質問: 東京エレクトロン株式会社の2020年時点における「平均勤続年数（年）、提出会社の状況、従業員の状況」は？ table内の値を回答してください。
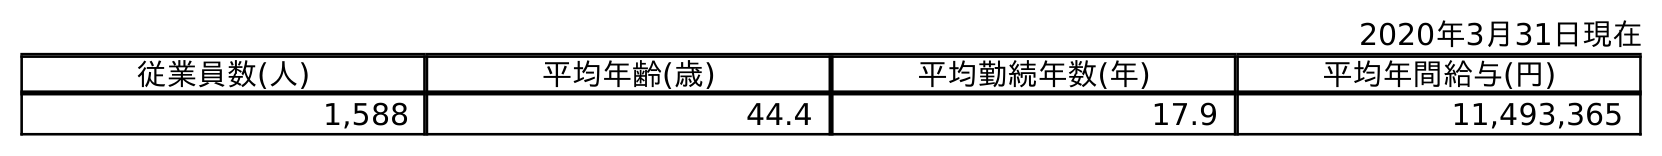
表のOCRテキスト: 2020年3月31日現在 従業員数(人) 平均年齢(歳) 平均勤続年数(年) 平均年間給与(円) 1,588 44.4 17.9 11,493,365
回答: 17.9